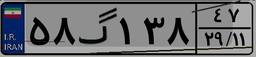
۵۸گ۱۳۸۴۷